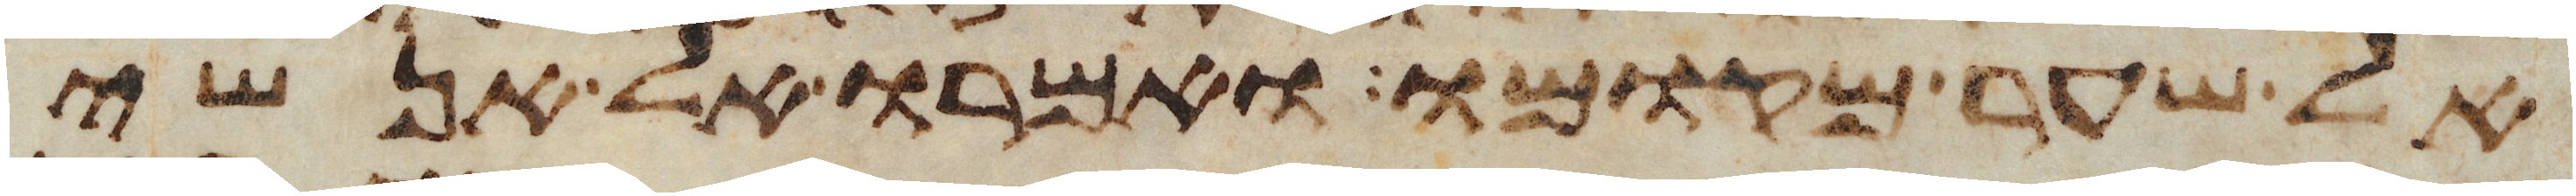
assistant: אל שער מקומו ואמרו אל אנשי